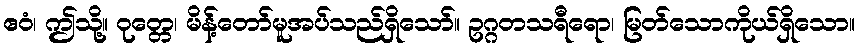
ဧဝံ၊ ဤသို့။ ဝုတ္တေ၊ မိန့်တော်မူအပ်သည်ရှိသော်။ ဥဂ္ဂတသရီရော၊ မြတ်သောကိုယ်ရှိသော။